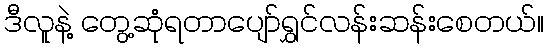
ဒီလူနဲ့ တွေ့ဆုံရတာပျော်ရွှင်လန်းဆန်းစေတယ်။